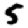
Digit: 5